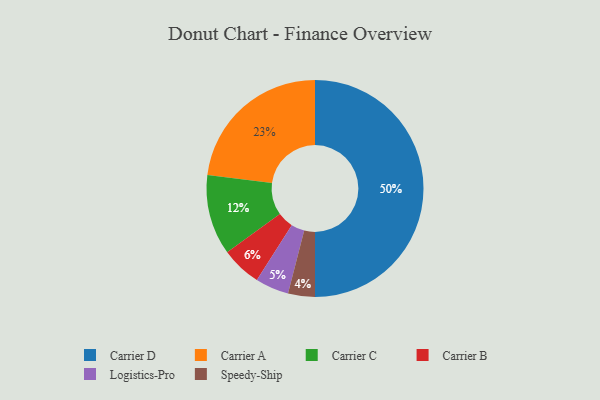
{"axis": {"x": "Category", "y": "Percentage"}, "legend": ["Carrier A", "Carrier B", "Carrier C", "Carrier D", "Logistics-Pro", "Speedy-Ship"], "data": [{"x": "Carrier D", "y": 50, "type": "Carrier D"}, {"x": "Speedy-Ship", "y": 4, "type": "Speedy-Ship"}, {"x": "Carrier A", "y": 23, "type": "Carrier A"}, {"x": "Carrier B", "y": 6, "type": "Carrier B"}, {"x": "Logistics-Pro", "y": 5, "type": "Logistics-Pro"}, {"x": "Carrier C", "y": 12, "type": "Carrier C"}]}